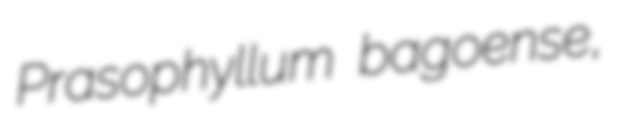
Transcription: Prasophyllum bagoense,